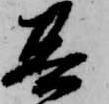
其